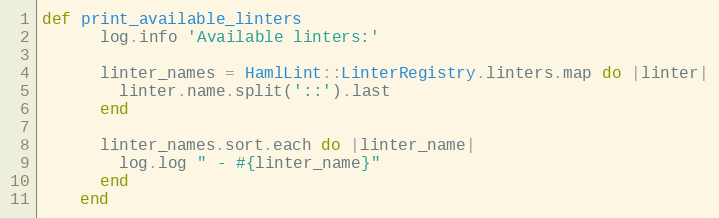
Language: Ruby
def print_available_linters
      log.info 'Available linters:'

      linter_names = HamlLint::LinterRegistry.linters.map do |linter|
        linter.name.split('::').last
      end

      linter_names.sort.each do |linter_name|
        log.log " - #{linter_name}"
      end
    end